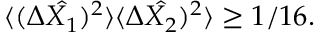
\langle ( \Delta \hat { X _ { 1 } } ) ^ { 2 } \rangle \langle \Delta \hat { X _ { 2 } } ) ^ { 2 } \rangle \geq 1 / 1 6 .